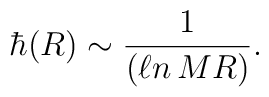
\hbar(R) \sim \frac{1}{(\ell n\, MR)} .